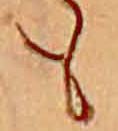
も